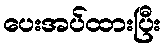
ပေးအပ်ထားပြီး